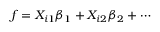
f = X _ { i 1 } \beta _ { 1 } + X _ { i 2 } \beta _ { 2 } + \cdots